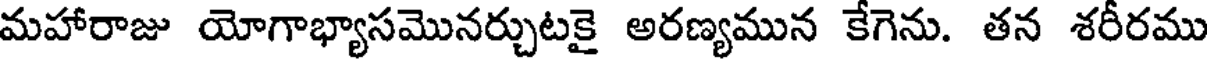
మహారాజు యోగాభ్యాసమొనర్చుటకై అరణ్యమున కేగెను. తన శరీరము